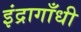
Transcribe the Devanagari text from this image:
इंद्रागाँधी